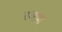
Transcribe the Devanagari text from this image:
स्वाम